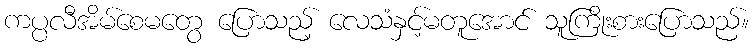
ကပ္ပလီအိမ်စေမတွေ ပြောသည့် လေသံနှင့်မတူအောင် သူကြိုးစားပြောသည်။